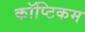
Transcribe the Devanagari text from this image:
कॉप्टिकम